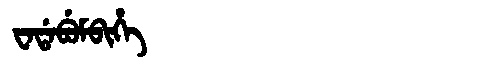
Manchu: ᠸᠠᡩᠠᠪᡠᠮᠪᡳᡥᡝ
Romanization: WADABUMBIHE